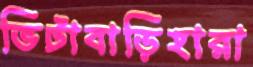
ভিটাবাড়িহারা